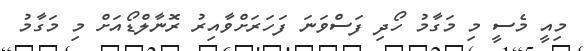
މިއީ މެސީ މި މަގާމު ހޯދި ފަސްވަނަ ފަހަރަށްވާއިރު ރޮނާލްޑޯއަށް މި މަގާމު